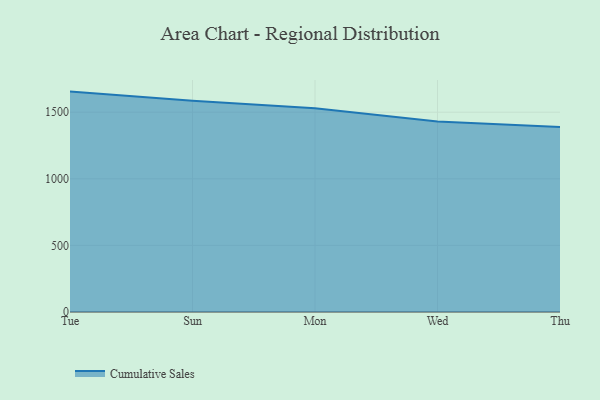
{"axis": {"x": "Day", "y": "Net Income (USD K)"}, "legend": ["Cumulative Sales"], "data": [{"x": "Tue", "y": 1654.7, "type": "Cumulative Sales"}, {"x": "Sun", "y": 1586.9, "type": "Cumulative Sales"}, {"x": "Mon", "y": 1530.0, "type": "Cumulative Sales"}, {"x": "Wed", "y": 1429.4, "type": "Cumulative Sales"}, {"x": "Thu", "y": 1388.2, "type": "Cumulative Sales"}]}